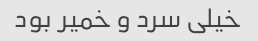
خیلی سرد و خمیر بود